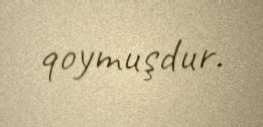
qoymuşdur.